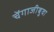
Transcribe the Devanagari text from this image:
चेंगाजीबुवा